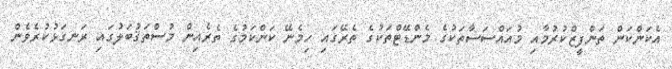
އެކަންކަން ތަންފީޒްކުރުމާއި މުއައްސަސާތަކުގެ މެންޑޭޓްތަކުގެ ތެރޭގައި ހިމެނޭ ކަންކަމުގެ ތެރެއިން މުސްތަޤުބަލުގައި ރަނގަޅުކުރެވެން